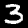
Label: 3